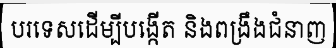
បរទេសដើម្បីបង្កើត និងពង្រឹងជំនាញ